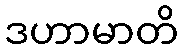
ဒဟာမာတိ